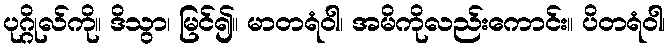
ပုဂ္ဂိုလ်ကို။ ဒိသွာ၊ မြင်၍။ မာတရံဝါ၊ အမိကိုလည်းကောင်း။ ပိတရံဝါ၊